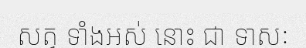
សត្វ ទាំងអស់ នោះ ជា ទាសៈ